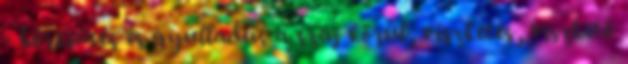
- bőrkiütés és gyulladás a száj körül, viszketés, viszkető